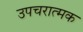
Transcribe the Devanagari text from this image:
उपचरात्मक